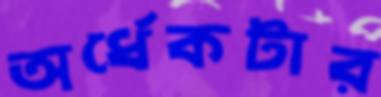
অর্ধেকটার